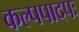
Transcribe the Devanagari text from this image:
कल्पपादपः